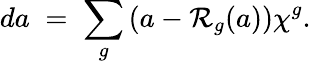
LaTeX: da\; =\; \sum_{g}\left(a-\mathcal{R}_{g}(a)\right)\chi^{g}.